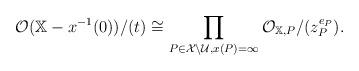
LaTeX: \begin{align*} \mathcal{O}(\mathbb{X}-x^{-1}(0))/(t) \cong \prod_{P \in \mathcal{X} \setminus \mathcal{U}, x(P)=\infty} \mathcal{O}_{\mathbb{X},P}/(z_P^{e_P}).\end{align*}